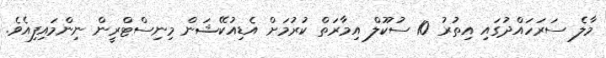
މާލެ ސަރަހައްދުގައި އިތުރު 10 ސުކޫލް އިމާރަތް ކުރުމަށް އެޑިއުކޭޝަން މިނިސްޓްރީން ނިންމައިފިއެވެ.